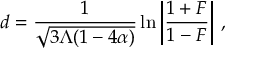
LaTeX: d = \frac { 1 } { \sqrt { 3 \Lambda ( 1 - 4 \alpha ) } } \ln { \left| \frac { 1 + F } { 1 - F } \right| } ~ ,